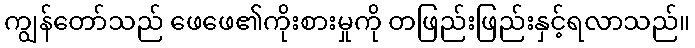
ကျွန်တော်သည် ဖေဖေ၏ကိုးစားမှုကို တဖြည်းဖြည်းနှင့်ရလာသည်။